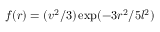
f ( r ) = ( v ^ { 2 } / 3 ) \exp ( - 3 r ^ { 2 } / 5 l ^ { 2 } )